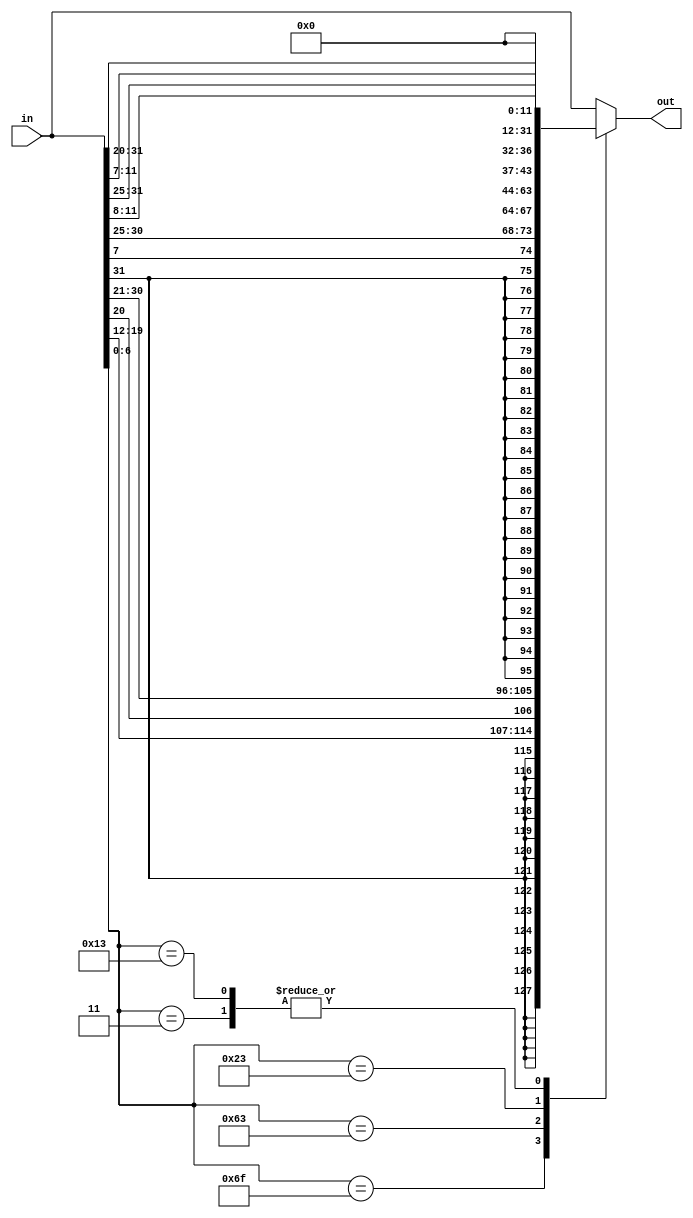
`timescale 1ns / 1ps
//////////////////////////////////////////////////////////////////////////////////
// Company: USTC
// Engineer: 
// 
// Design Name: 
// Module Name: imm_gen
// Project Name: 
// Target Devices: Nexy4-DDR
// Tool Versions: 
// Description: CPU
// 
// Dependencies: 
// 
// Revision:
// Revision 0.01 - File Created
// Additional Comments:
// 
//////////////////////////////////////////////////////////////////////////////////


module imm_gen(
input [31:0]in,
output reg[31:0]out
    );
    parameter JAL = 7'b1101111,BEQ=7'b1100011,LW=7'b0000011,SW=7'b0100011,ADDI=7'b0010011,ADD=7'b0110011;
    always@(*)begin
        case(in[6:0])
        JAL:out={{13{in[31]}},in[19:12],in[20],in[30:21]};
        BEQ:out={{21{in[31]}},in[7],in[30:25],in[11:8]};
        LW:out={20'b0,in[31:20]};
        SW:out={20'b0,in[31:25],in[11:7]};
        ADDI:out={20'b0,in[31:20]};
        default:out=in;
        endcase
    end
endmodule